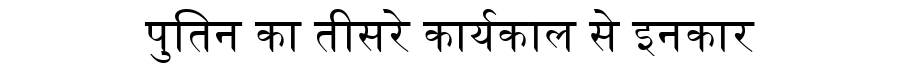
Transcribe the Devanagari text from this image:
पुतिन का तीसरे कार्यकाल से इनकार